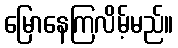
မြောနေကြလိမ့်မည်။